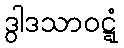
ဒွါဒသာဝဋ္ဋံ